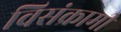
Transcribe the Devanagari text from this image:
विसंक्रामी